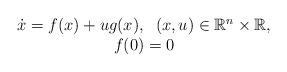
LaTeX: \begin{align*}\begin{array}{c} \dot{x}=f(x)+ug(x),\; \; (x,u)\in \mathbb{R}^{n}\times\mathbb{R},\\ f(0)=0 \end{array}\end{align*}